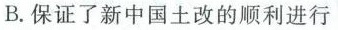
B.保证了新中国土改的顺利进行